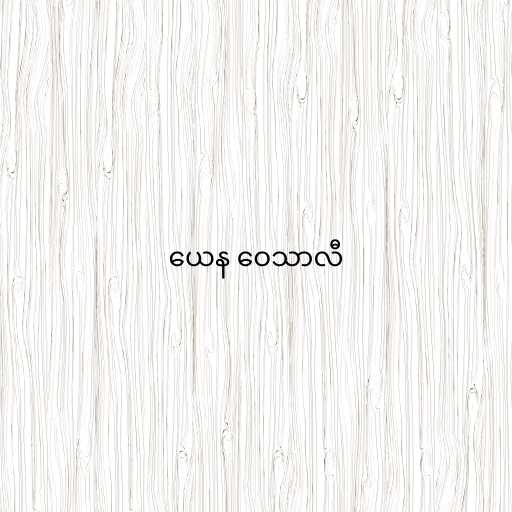
ယေန ဝေသာလီ